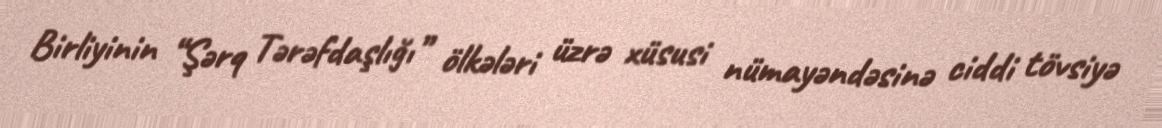
Birliyinin “Şərq Tərəfdaşlığı” ölkələri üzrə xüsusi nümayəndəsinə ciddi tövsiyə